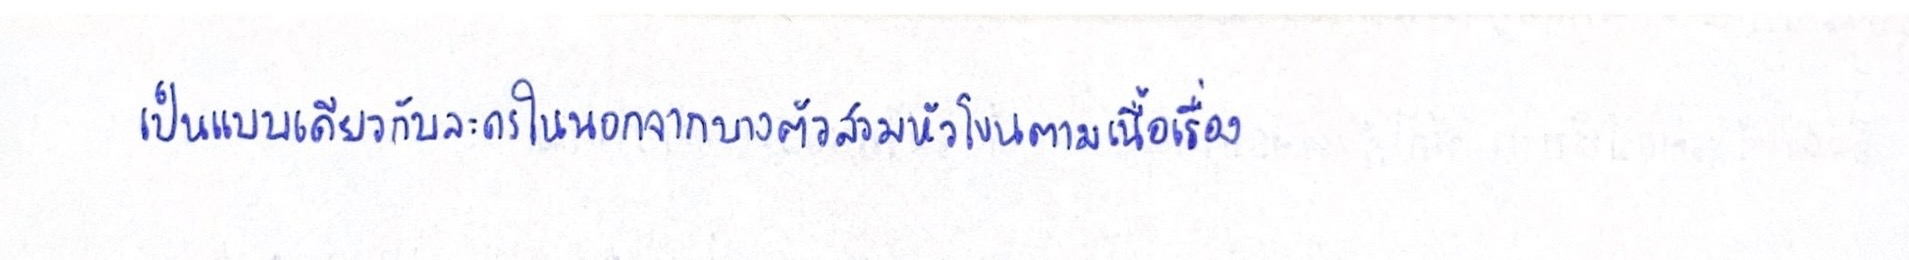
เป็นแบบเดียวกับละครในนอกจากบางตัวสวมหัวโขนตามเนื้อเรื่อง